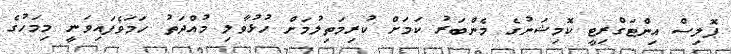
ޕޮލިސް އިންޓަގްރިޓީ ކޮމިޝަނުގެ މެންބަރު ކަމަށް ކުރިމަތިލުމަށް ހުޅުވާލި މުއްދަތު ހަމަވެފައިވަނީ މިމަހުގެ